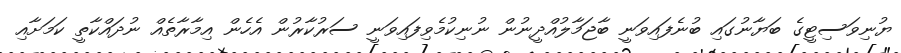
ޔުނިވަސިޓީގެ ބަޔާނުގައި ބުނެފައިވަނީ ބާޖަމާލުއްދީނުން ނުނިކުމެވިފައިވަނީ ސަރުކާރުން އެހެން އިމާރާތެއް ނުދައްކާތީ ކަމަށާއި